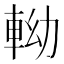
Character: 軪